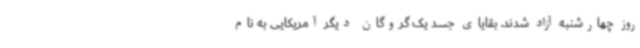
روز چهارشنبه آزاد شدند. بقایای جسد یک گروگان دیگر آمریکایی به نام